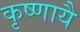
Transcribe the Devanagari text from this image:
कृष्णायै